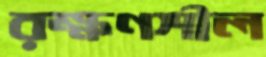
রক্ষণশীল